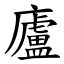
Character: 廬